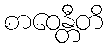
စာဝေန္တီတိ